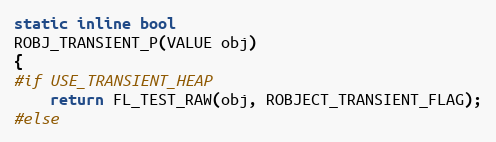
Language: C
static inline bool
ROBJ_TRANSIENT_P(VALUE obj)
{
#if USE_TRANSIENT_HEAP
    return FL_TEST_RAW(obj, ROBJECT_TRANSIENT_FLAG);
#else